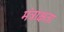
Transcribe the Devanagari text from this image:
मंत्राक्षता